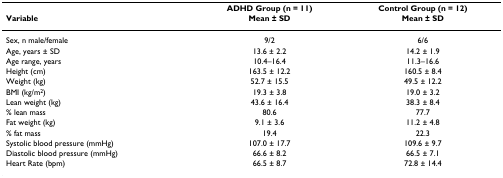
<table><thead><tr><td></td><td><b>ADHD Group (n = 11)</b></td><td><b>Control Group (n = 12)</b></td></tr><tr><td><b>Variable</b></td><td><b>Mean ± SD</b></td><td><b>Mean ± SD</b></td></tr></thead><tbody><tr><td>Sex, n male/female</td><td>9/2</td><td>6/6</td></tr><tr><td>Age, years ± SD</td><td>13.6 ± 2.2</td><td>14.2 ± 1.9</td></tr><tr><td>Age range, years</td><td>10.4–16.4</td><td>11.3–16.6</td></tr><tr><td>Height (cm)</td><td>163.5 ± 12.2</td><td>160.5 ± 8.4</td></tr><tr><td>Weight (kg)</td><td>52.7 ± 15.5</td><td>49.5 ± 12.2</td></tr><tr><td>BMI (kg/m<sup>2</sup>)</td><td>19.3 ± 3.8</td><td>19.0 ± 3.2</td></tr><tr><td>Lean weight (kg)</td><td>43.6 ± 16.4</td><td>38.3 ± 8.4</td></tr><tr><td>% lean mass</td><td>80.6</td><td>77.7</td></tr><tr><td>Fat weight (kg)</td><td>9.1 ± 3.6</td><td>11.2 ± 4.8</td></tr><tr><td>% fat mass</td><td>19.4</td><td>22.3</td></tr><tr><td>Systolic blood pressure (mmHg)</td><td>107.0 ± 17.7</td><td>109.6 ± 9.7</td></tr><tr><td>Diastolic blood pressure (mmHg)</td><td>66.6 ± 8.2</td><td>66.5 ± 7.1</td></tr><tr><td>Heart Rate (bpm)</td><td>66.5 ± 8.7</td><td>72.8 ± 14.4</td></tr></tbody></table>